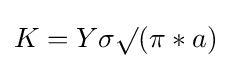
K=Y\sigma \surd (\pi *a)